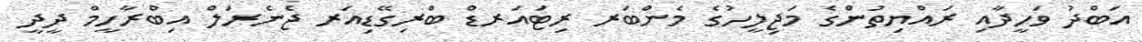
އަބްދު ވަހީދާއި ރައްޔިތުންގެ މަޖިލީހުގެ މެންބަރ ރިޓައަރޑް ބްރިގޭޑިއަރ ޖެނެރަލް އިބްރާހީމް ދީދީ